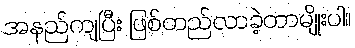
အနည်ကျပြီး ဖြစ်တည်လာခဲ့တာမျိုးပါ။